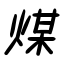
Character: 煤